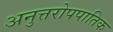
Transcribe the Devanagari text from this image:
अनुत्तरोपपातिक